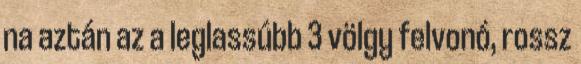
na aztán az a leglassúbb 3 völgy felvonó, rossz